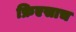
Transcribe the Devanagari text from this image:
फ्रिएसाच